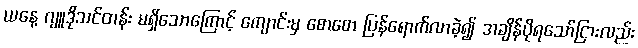
ယနေ့ ဂျူဒိုသင်တန်း မရှိသောကြောင့် ကျောင်းမှ စောစော ပြန်ရောက်လာခဲ့၍ အချိန်ပိုရသော်ငြားလည်း